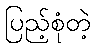
ပြည့်စုံတဲ့